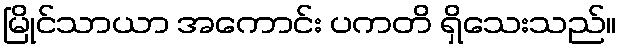
မြိုင်သာယာ အကောင်း ပကတိ ရှိသေးသည်။